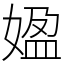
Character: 𡟚